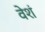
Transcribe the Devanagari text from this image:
वेशं